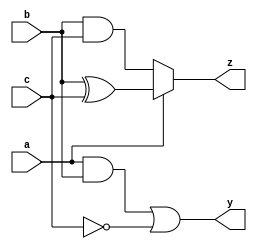
module combinational_logic (
    input wire a,        // Input signal a
    input wire b,        // Input signal b
    input wire c,        // Input signal c
    output reg y,        // Output signal y
    output reg z         // Output signal z
);

    // Combinational logic block
    always @(*) begin
        // Compute output y based on logical operations
        y = (a & b) | (~c);  // y is true if a AND b is true OR NOT c is true
        
        // Compute output z based on conditional assignment
        if (a) begin
            z = b ^ c;       // z is the XOR of b and c if a is true
        end else begin
            z = b & c;       // z is the AND of b and c if a is false
        end
    end

endmodule